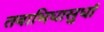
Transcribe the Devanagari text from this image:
तवाभिधासुधां